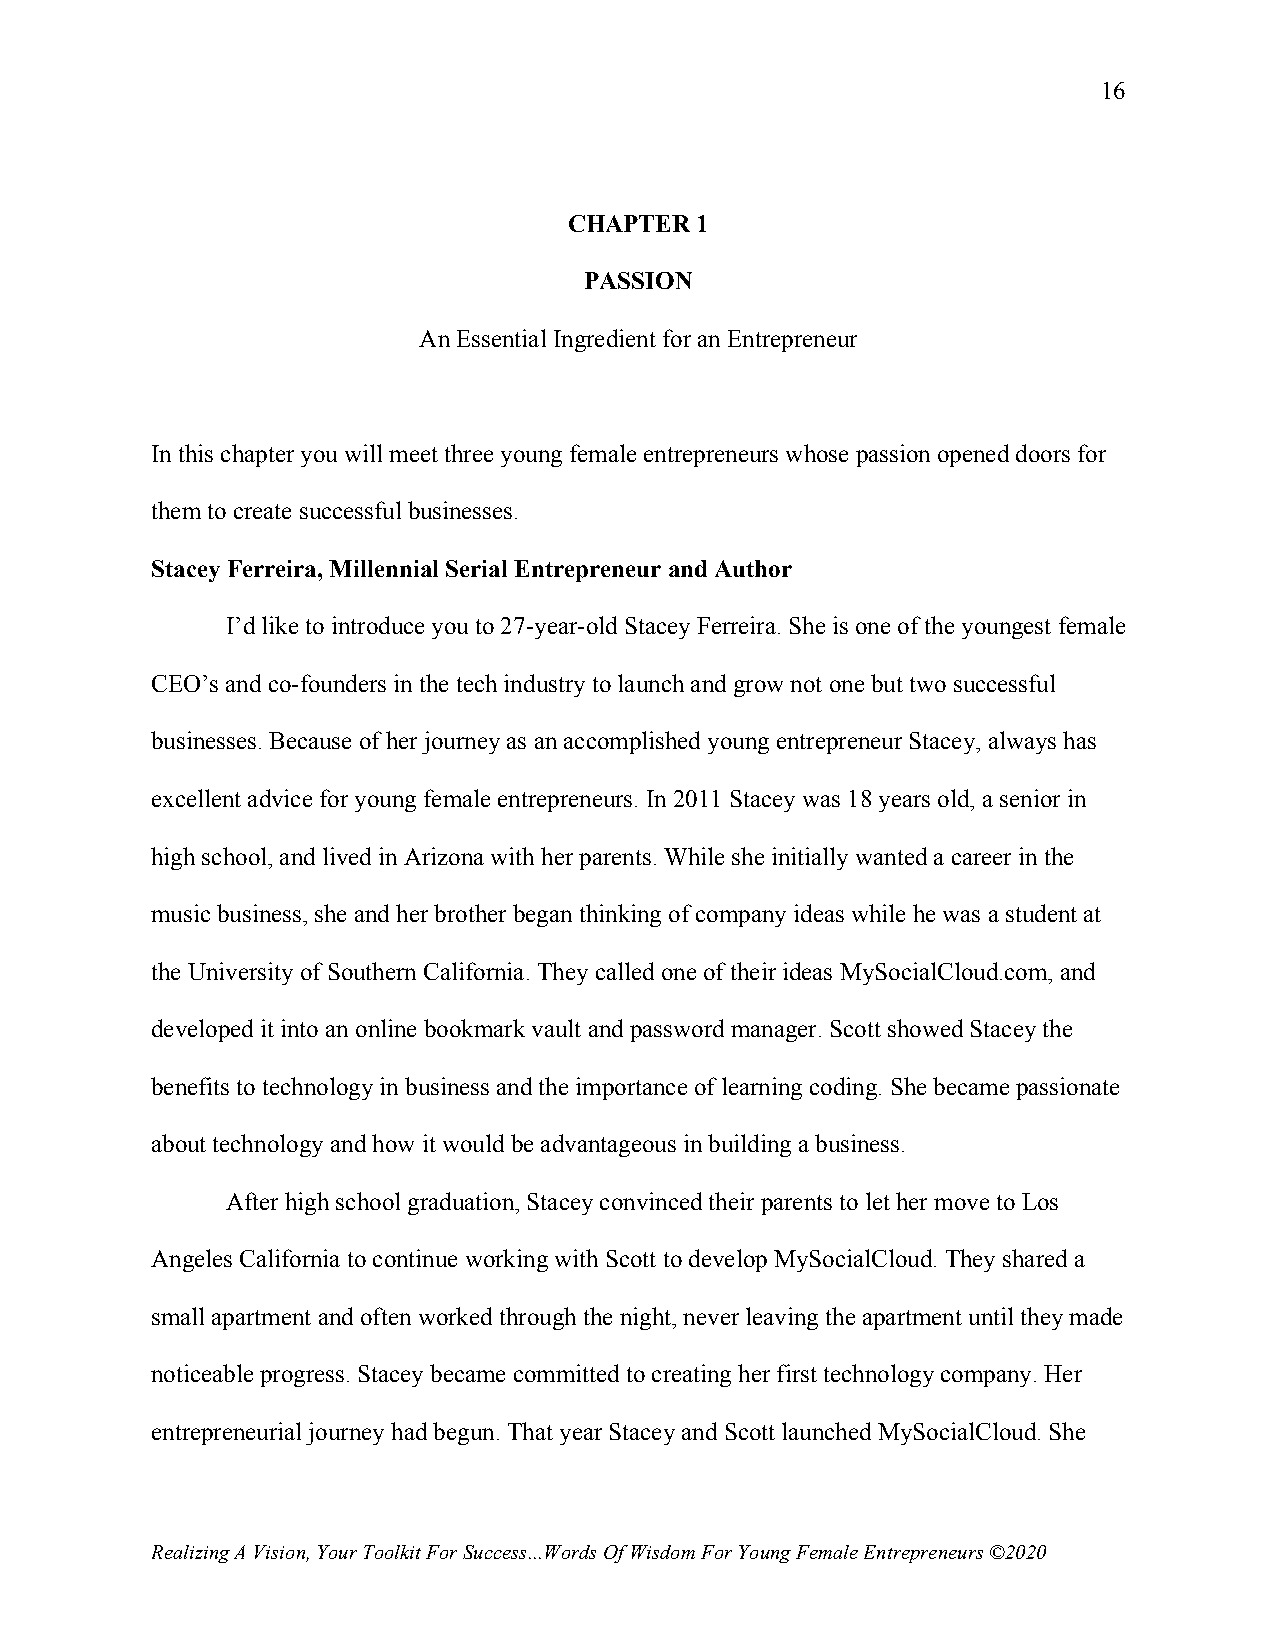
16
 CHAPTER 1
 PASSION
 An Essential Ingredient for an Entrepreneur
 In this chapter you will meet three young female entrepreneurs whose passion opened doors for
 them to create successful businesses.
 Stacey Ferreira, Millennial Serial Entrepreneur and Author
 I’d like to introduce you to 27-year-old Stacey Ferreira. She is one of the youngest female
 CEO’s and co-founders in the tech industry to launch and grow not one but two successful
 businesses. Because of her journey as an accomplished young entrepreneur Stacey, always has
 excellent advice for young female entrepreneurs. In 2011 Stacey was 18 years old, a senior in
 high school, and lived in Arizona with her parents. While she initially wanted a career in the
 music business, she and her brother began thinking of company ideas while he was a student at
 the University of Southern California. They called one of their ideas MySocialCloud.com, and
 developed it into an online bookmark vault and password manager. Scott showed Stacey the
 benefits to technology in business and the importance of learning coding. She became passionate
 about technology and how it would be advantageous in building a business.
 After high school graduation, Stacey convinced their parents to let her move to Los
 Angeles California to continue working with Scott to develop MySocialCloud. They shared a
 small apartment and often worked through the night, never leaving the apartment until they made
 noticeable progress. Stacey became committed to creating her first technology company. Her
 entrepreneurial journey had begun. That year Stacey and Scott launched MySocialCloud. She
 Realizing A Vision, Your Toolkit For Success...Words Of Wisdom For Young Female Entrepreneurs ©2020